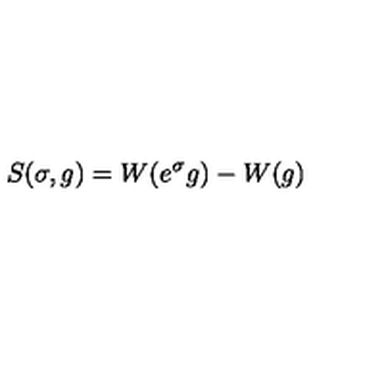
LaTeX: S ( \sigma , g ) = W ( e ^ { \sigma } g ) - W ( g )